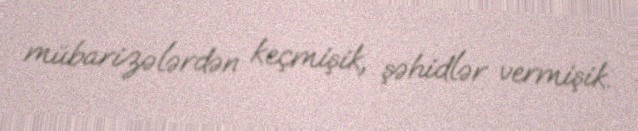
mübarizələrdən keçmişik, şəhidlər vermişik.